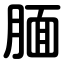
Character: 腼